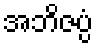
အဘိဇပ္ပံ